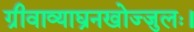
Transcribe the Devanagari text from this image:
ग्रीवाव्याघ्रनखोज्जुलः।